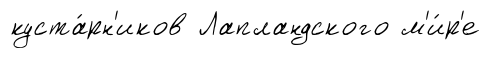
куста́рн'иков Лапландского м'и́р'е